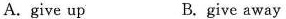
A. give up B. give away